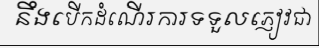
នឹងបើកដំណើរការទទួលភ្ញៀវជា